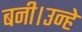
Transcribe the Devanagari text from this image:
बनी।उन्हे